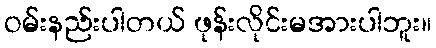
ဝမ်းနည်းပါတယ် ဖုန်းလိုင်းမအားပါဘူး။